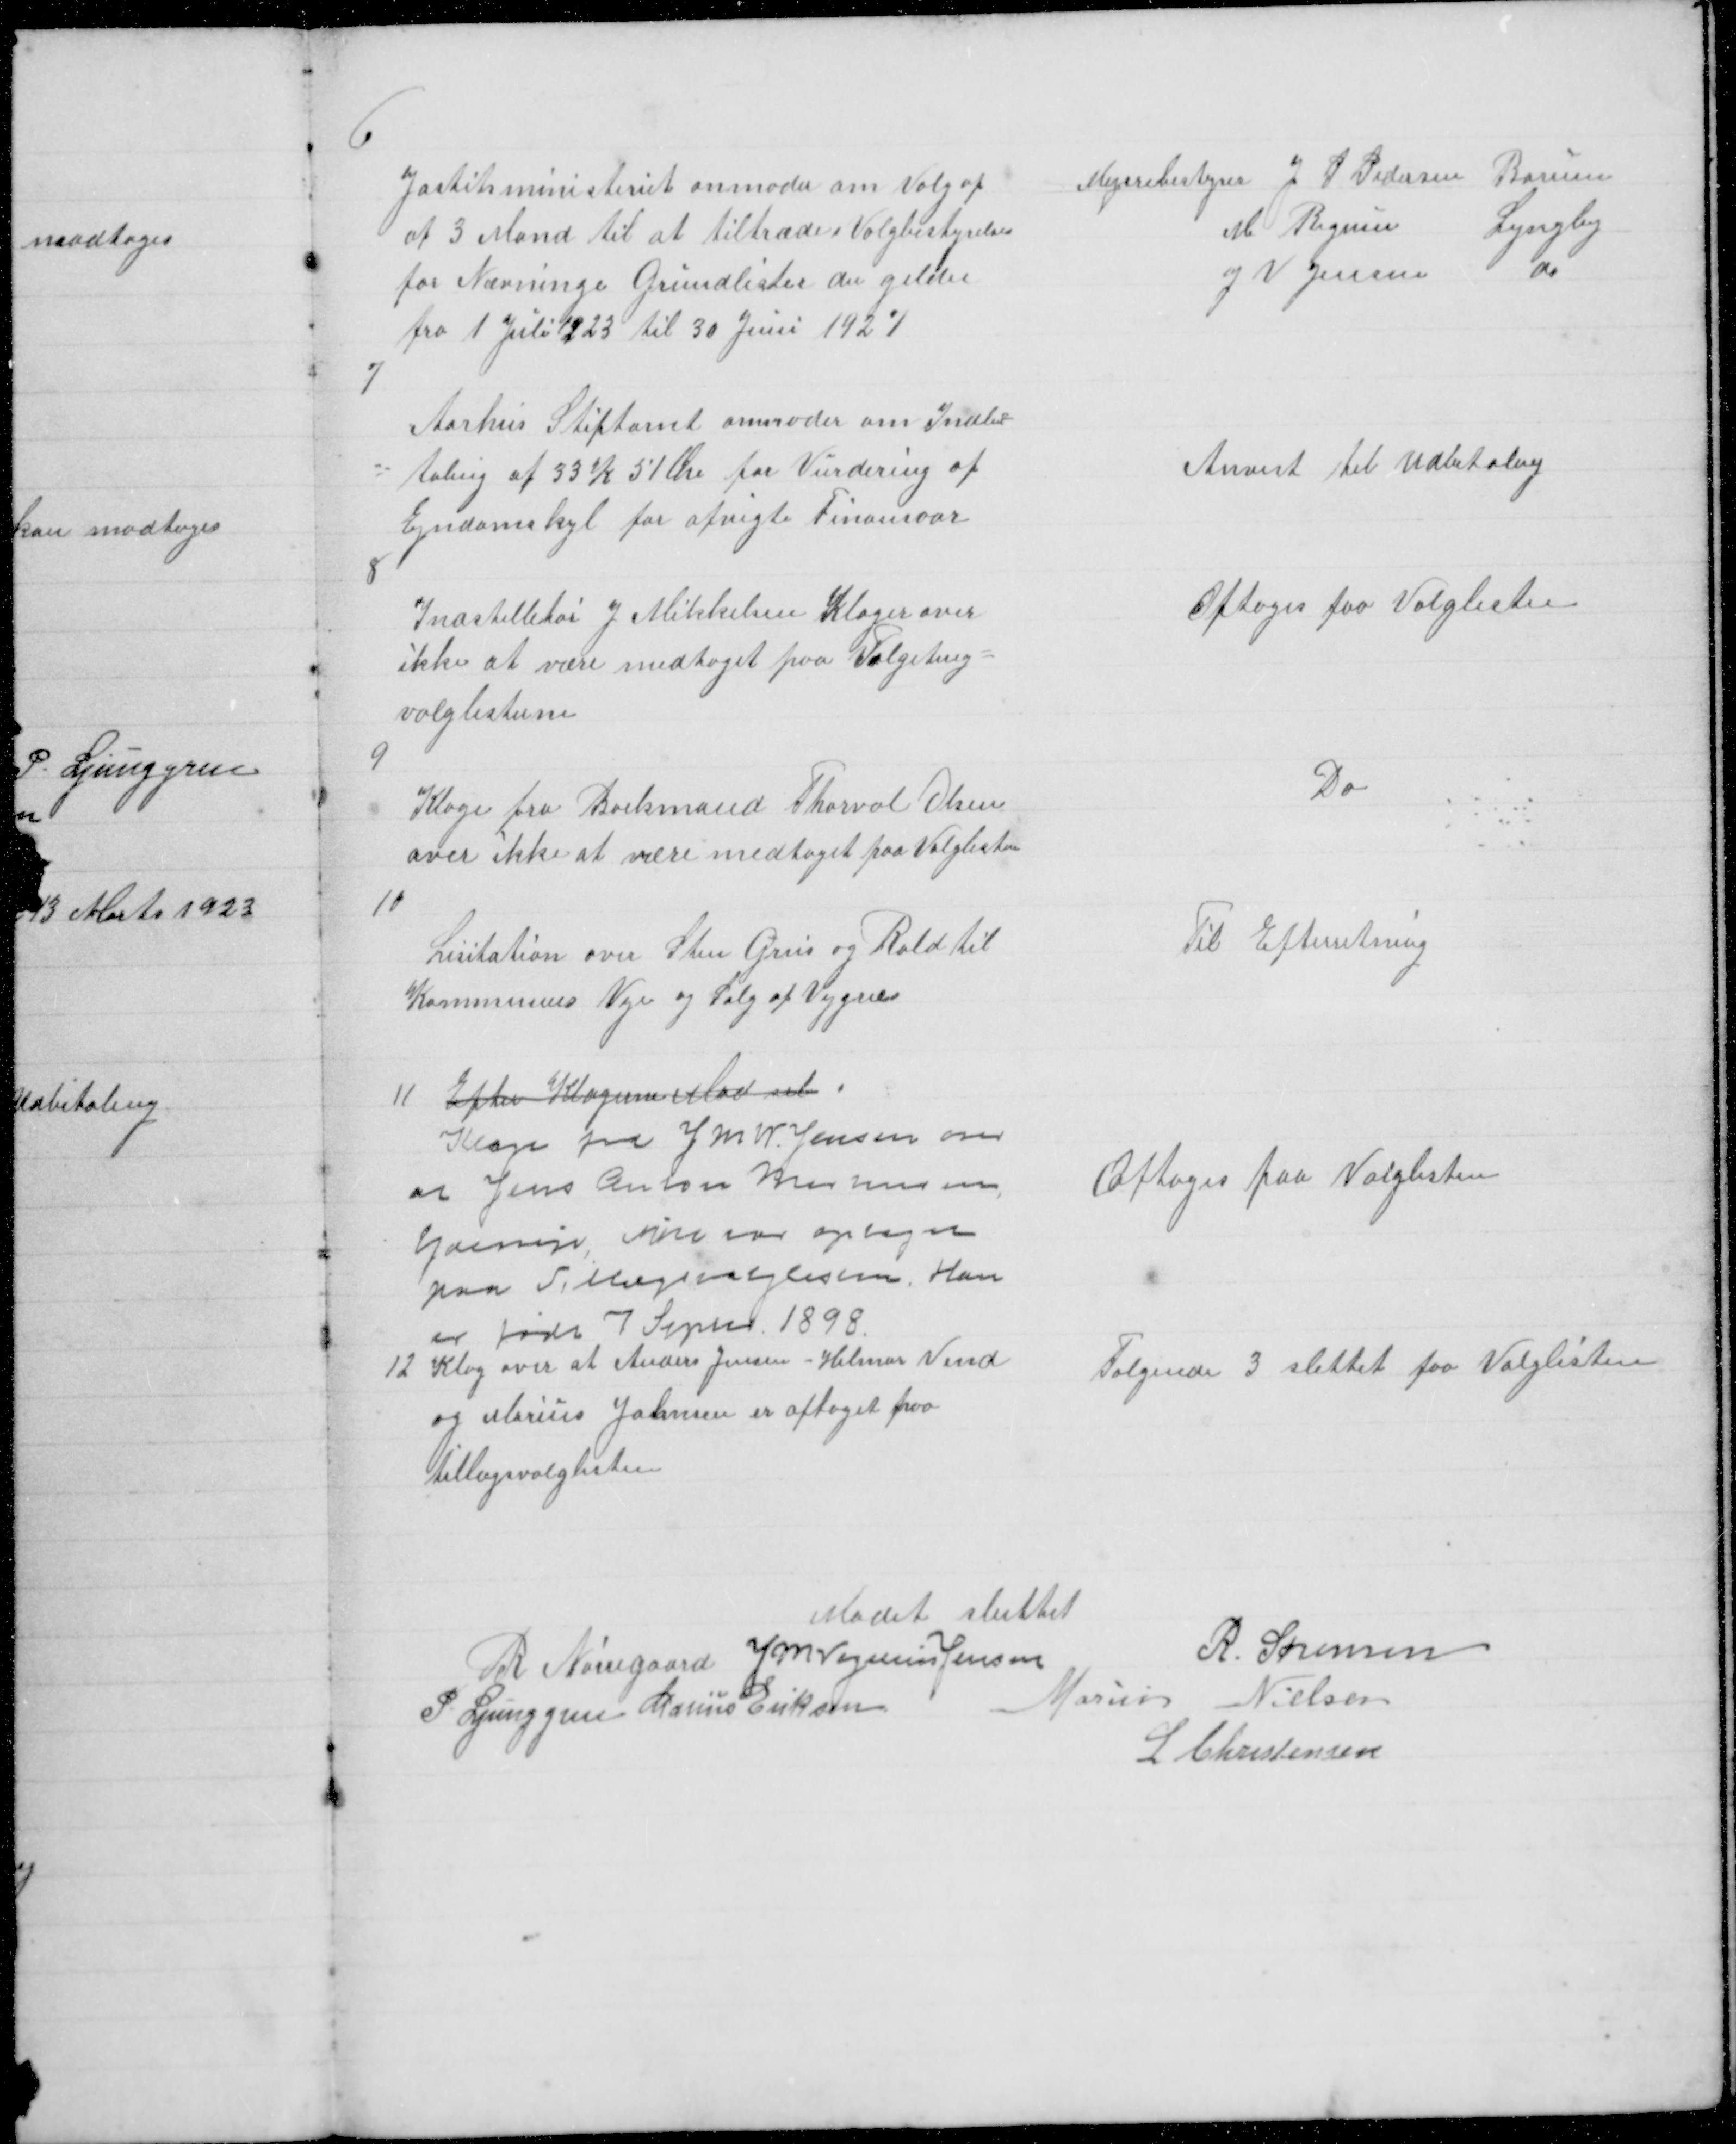
Transskription:
6

Jostitsministeriet anmoder om Valg af
af 3 Mand til at tiltræde Valgbestyrelsen
for Nævninge Grundlister der gelder
fra 1 Juli 1923 til 30 Juni 1927

Mejeribestyrer J P Pedersen Borum
M Bigum Lyngby
og V Jensen
do

7
Aarhus Stiftamt anmoder om Indbe=
taling af 33 K 51 Øre for Vurdering af
Ejndomskyl for afvigte Finansaar

Anvist til Udbetaling

8

Indstelletør J Mikkelsen Klager over
ikke at være medtaget paa Valgeting =
valglisterne

Optoges paa Valglisten

9

Klage fra Boelsmand Thorval Olsen
over ikke at være medtaget paa Valglisten

Do

10

Lisitation over Sten Grus og Rald til
Kommunens Veje og Salg af Vejgræs

Til Efterretning

11 Efter Klagerne Mad sel
Klage fra J M V Jensen om
at Jens Anton Mortensen
Yderup ikke var optaget
paa Tillægsvalglisten Han
er født 7 Sepm 1898

Optoges paa Valglisten

12 Klag over at Anders Jensen - Hilmar Vind
og Marius Johnsen er optaget paa
tillægsvalglisten

Følgende 3 slettet faa Valglisten

Mødet sluttet
R Nørregaard J M Vogelius Jensen
R. Sørensen
P Ljunggren Marius Eriksen
Marius Nielsen
L Christensen